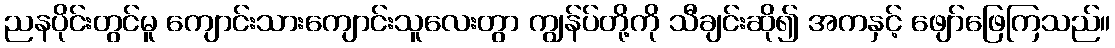
ညနပိုင်းတွင်မူ ကျောင်းသားကျောင်းသူလေးတွာ ကျွန်ပ်တို့ကို သီချင်းဆို၍ အကနှင့် ဖျော်ဖြေကြသည်။